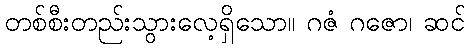
တစ်စီးတည်းသွားလေ့ရှိသော။ ဂဇံ ဂဇော၊ ဆင်